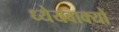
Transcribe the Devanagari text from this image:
ध्येयवाक्यों